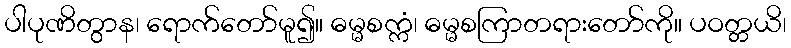
ပါပုဏိတွာန၊ ရောက်တော်မူ၍။ ဓမ္မစက္ကံ၊ ဓမ္မစကြာတရားတော်ကို။ ပဝတ္တယိ၊